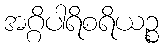
အဂ္ဂိပါရိစရိယဉ္စ